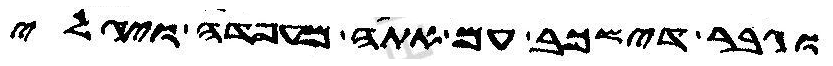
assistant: וגבר דישכב עם אתה מעפדה ויגלי